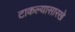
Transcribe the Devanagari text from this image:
टाकल्यासारखे